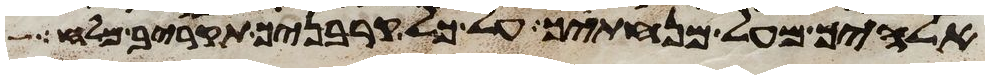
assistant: אלהיך מעל מנחתך על כל קרבניך תקריב מלח